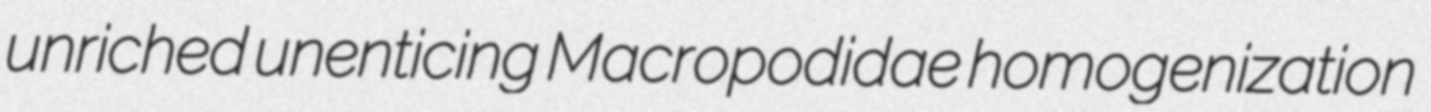
unriched unenticing Macropodidae homogenization